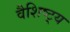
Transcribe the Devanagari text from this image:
वैशिष्ट्‍य